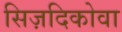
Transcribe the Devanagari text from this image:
सिज़दिकोवा